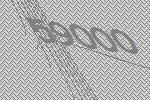
59000